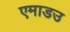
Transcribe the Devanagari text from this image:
एमाडउ